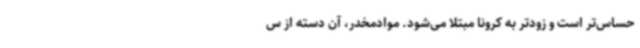
حساس‌تر است و زودتر به کرونا مبتلا می‌شود. موادمخدر، آن دسته از س